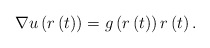
\begin{align*}\nabla u\left( r\left( t\right) \right) =g\left( r\left( t\right)\right) r\left( t\right) .\end{align*}